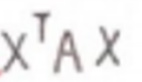
$x^{T}Ax$